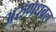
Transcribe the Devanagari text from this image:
अरुणधवल